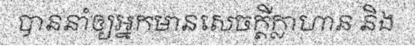
បាននាំឲ្យអ្នកមានសេចក្តីក្លាហាន និង